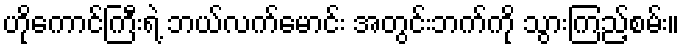
ဟိုကောင်ကြီးရဲ့ ဘယ်လက်မောင်း အတွင်းဘက်ကို သွားကြည့်စမ်း။